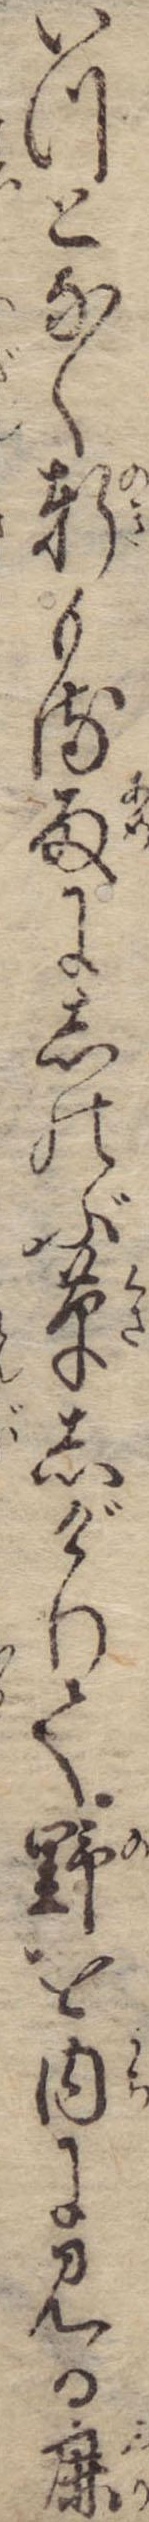
いつとなく軒もる雨にしのぶ草しげりて野を内に見る鹿